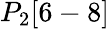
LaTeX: P_{2}[6-8]